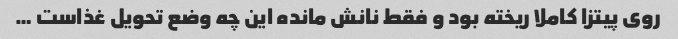
روی پیتزا کاملا ریخته بود و فقط نانش مانده این چه وضع تحویل غذاست …